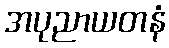
အပုညာယတနံ